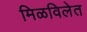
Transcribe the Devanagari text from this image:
मिळविलेत